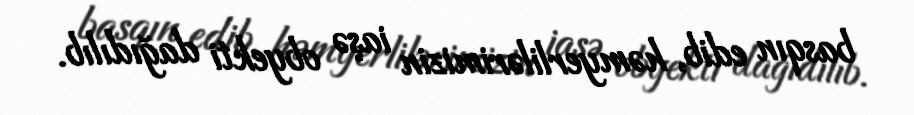
basqın edib, həmyerlilərimizin iaşə obyekti dağıdılıb.